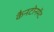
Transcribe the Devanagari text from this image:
कैनटोनमेंट